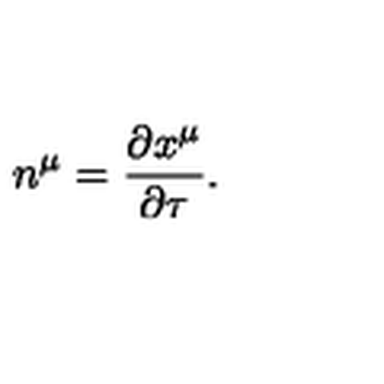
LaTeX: n ^ { \mu } = \frac { \partial x ^ { \mu } } { \partial \tau } .